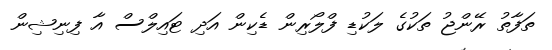
ތަފާތު ރޭންޖު ތަކުގެ ލަކުޑި ފްލޯރިން ޑެކިން އަދި ޓައިލްސް އާ ފިނިޝިން